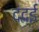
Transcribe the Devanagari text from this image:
दंदई